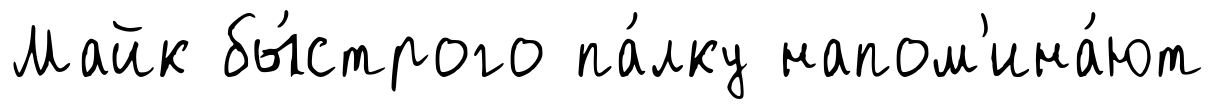
Майк бы́строго па́лку напом'ина́ют